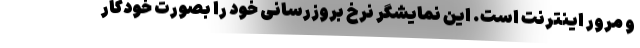
و مرور اینترنت است. این نمایشگر نرخ بروزرسانی خود را بصورت خودکار